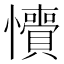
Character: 𢥎